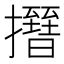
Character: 𢸰